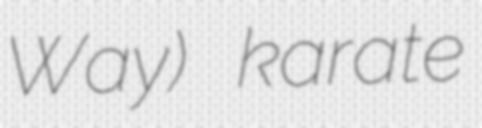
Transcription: Way) karate